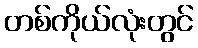
တစ်ကိုယ်လုံးတွင်